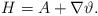
LaTeX: \begin{align*}H=A+\nabla\vartheta.\end{align*}